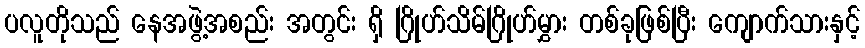
ပလူတိုသည် နေအဖွဲ့အစည်း အတွင်း ရှိ ဂြိုဟ်သိမ်ဂြိုဟ်မွှား တစ်ခုဖြစ်ပြီး ကျောက်သားနှင့်